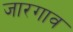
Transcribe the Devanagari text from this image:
जारगाव